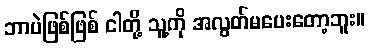
ဘာပဲဖြစ်ဖြစ် ငါတို့ သူ့ကို အလွတ်မပေးတော့ဘူး။